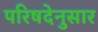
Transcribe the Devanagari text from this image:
परिषदेनुसार